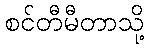
စင်တီမီတာသို့